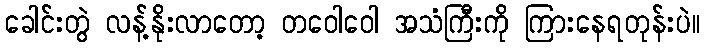
ခေါင်းတွဲ လန့်နိုးလာတော့ တဝေါဝေါ အသံကြီးကို ကြားနေရတုန်းပဲ။